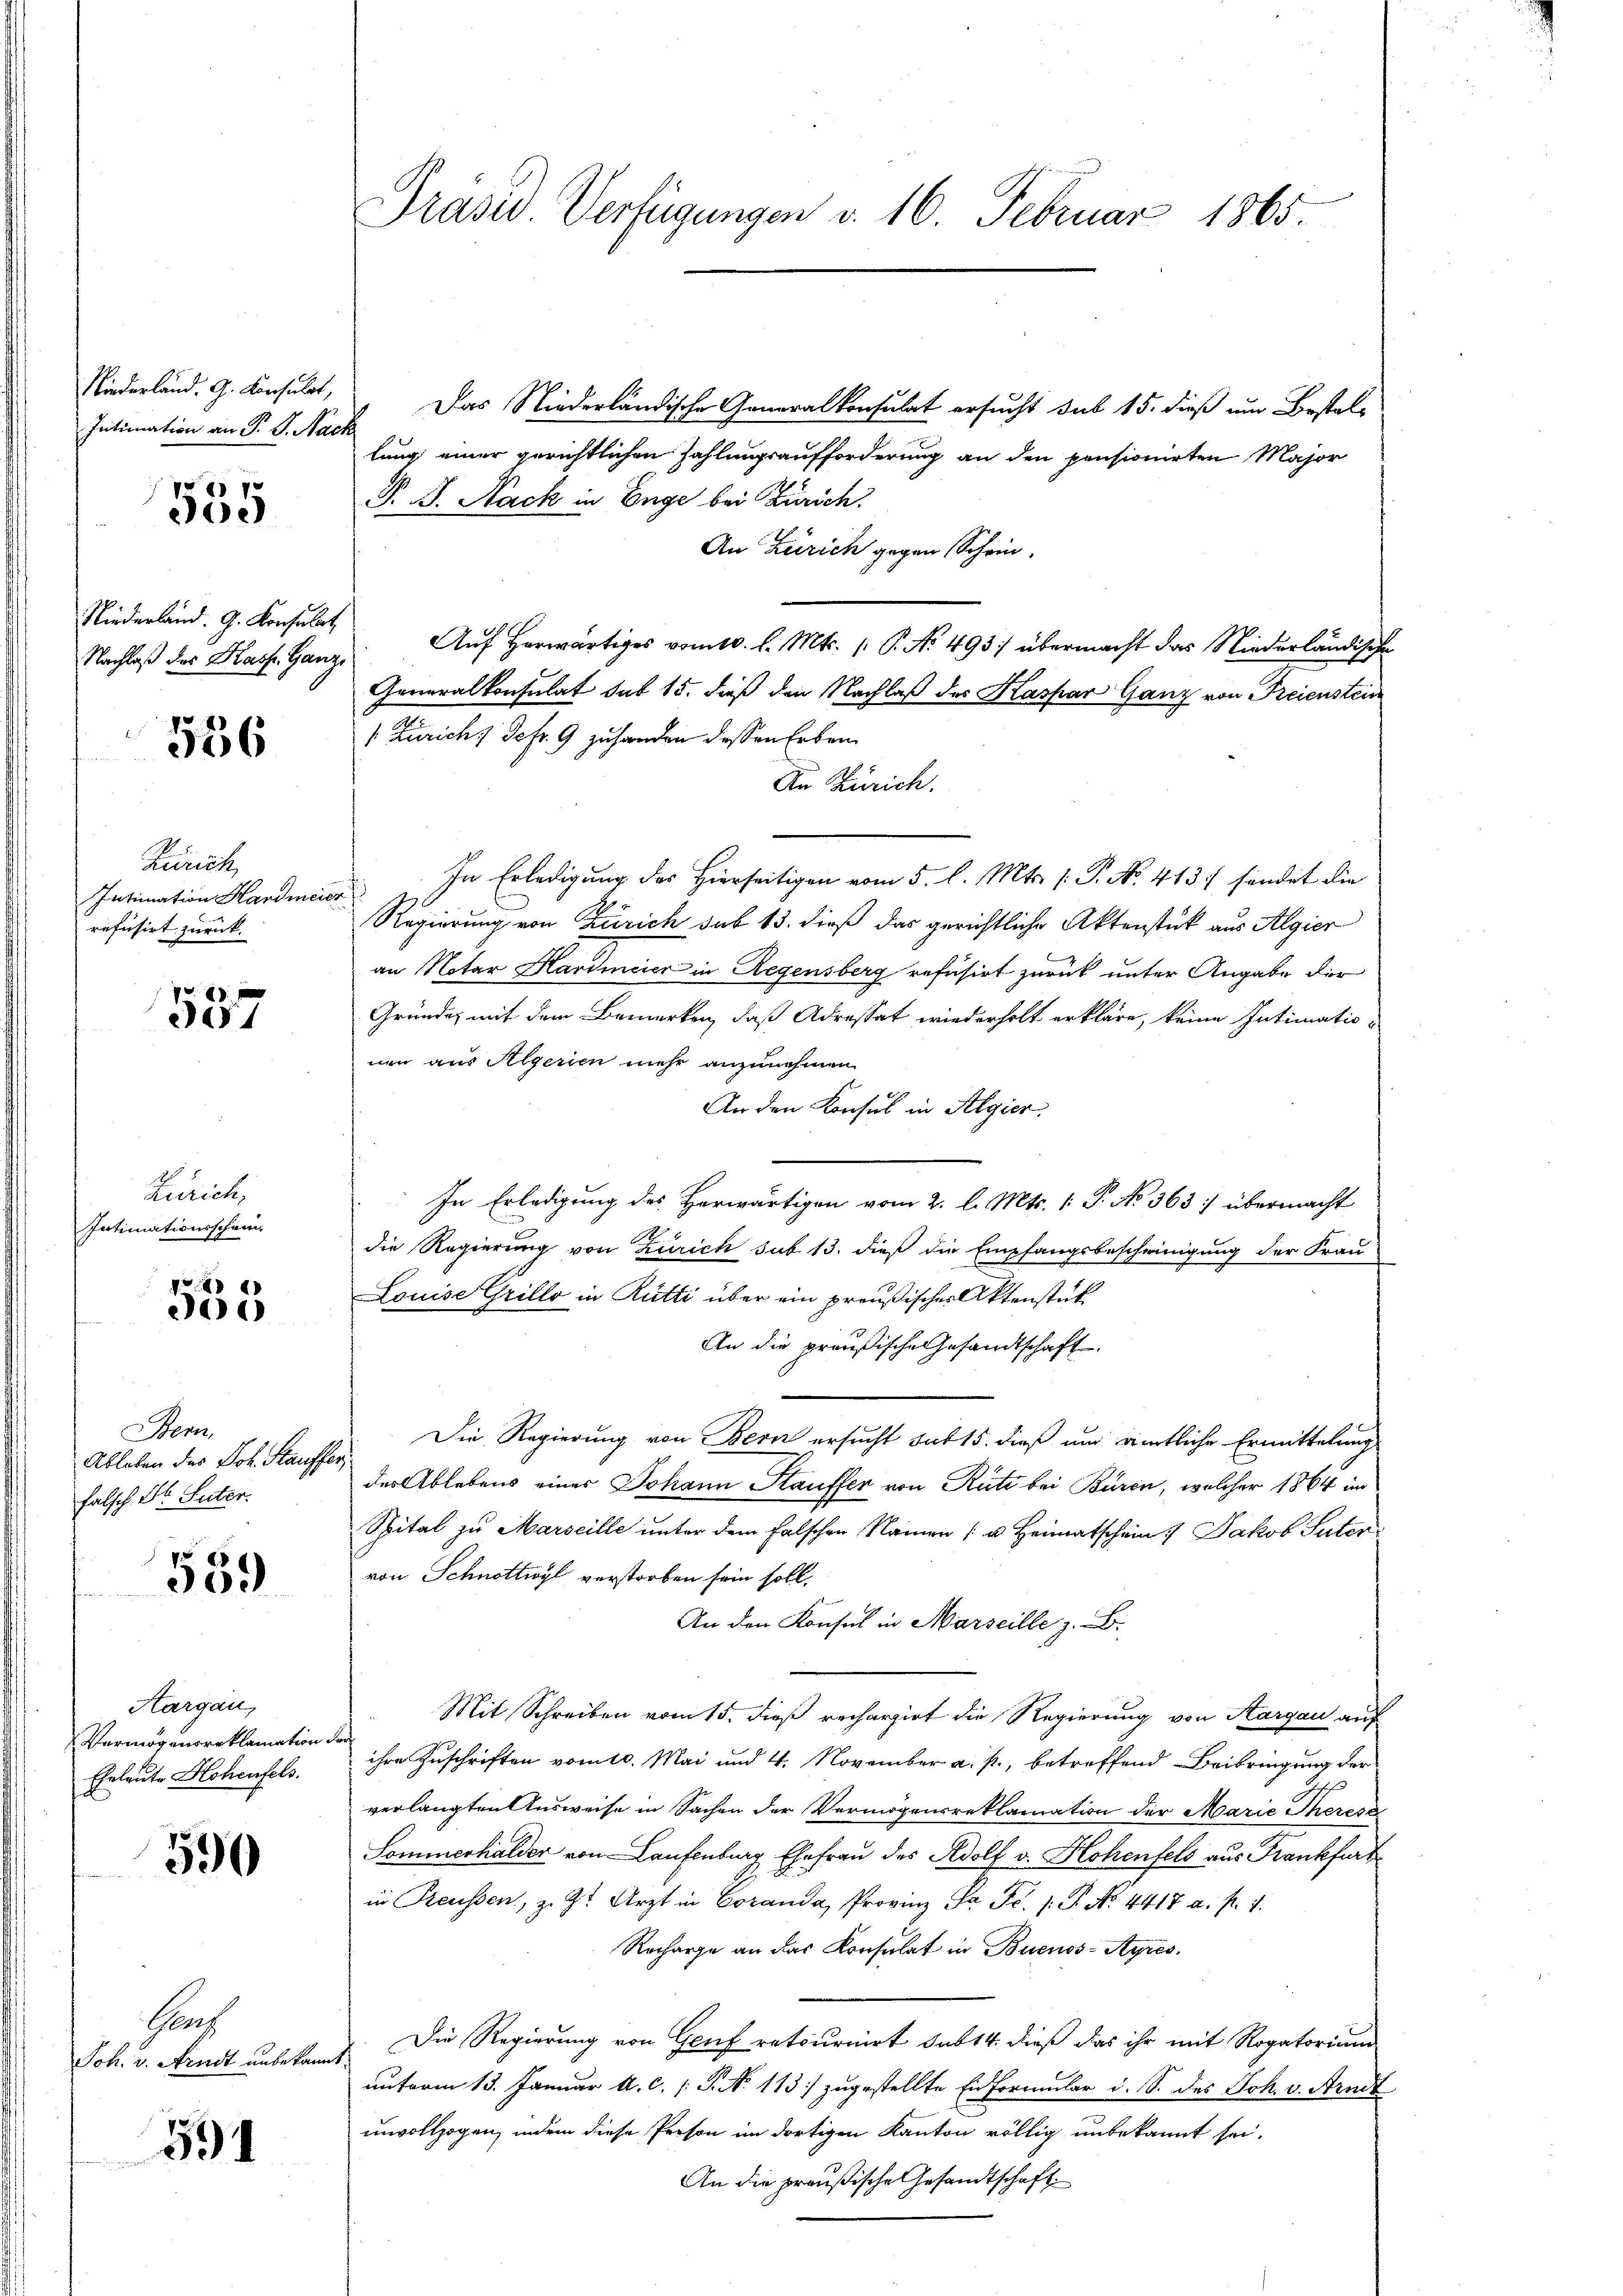
Niederland. G. Konsulat,
Intimation an P. G. Nack

555

Niederland. G. Konsulat

536

Zürich,
Intimation Hardmei
refusirt zurück.

557

Zürich,
Intimationsschein.

88
0

Bern
Ableben des Joh. Stauffer
falsch. St. Suter.

559

Aargau,
Vermögenserklamation.
Eheleute Hohenfels.

590

Cons
Joh. v. Arndt unbekann.

591

Präsid. Verfügungen d. 16. Februar 1865.

Das Niederländische Generalkonsulat ersucht sub 15. dieß um Bestell
lung einer gerichtlichen Zahlungsaufforderung an den pensionirten Major
P. B. Nack in Enge bei Zürich.
An Zürich gegen Schein.
Nachlaβ des Kasp. Ganz Aŭf herwärtiges vom 10. l. Mts. (: P. No 493) übermacht das Niederländische
Generalkonsulat sub 15. daß den Nachlaß des Kaspar Ganz von Freienstein
1 Zürich, Schr. 9 zuhanden dessen Erben
An Zürich.
In Erledigung des Hierseitigen vom 5. l. Mts. (: P. No. 413 sendet die
f
Regierung von Zürich sub 13. dieß das gerichtliche Aktenstück aus Algier
an Notar Hardmeier in Regensberg refusirt zurück unter Angabe der
Gründe, mit dem Bemerken, daß Adressat wiederholt erkläre, keine Intimationen aus Algerien mehr anzunehmen.
An den Konsul in Algier
In Erledigung des Herwärtigen vom 2. l. Mts. 1 P. No 363: übermacht
die Regierung von Zürich sub 13. dieß die Empfangsbescheinigung der Frau
Louise Grillo in Rütti über ein preußischer Aktenstük
An die preußische Gesandtschaft.
Die Regierung von Bern ersucht sub 15. dieß um amtliche Ermittelung
des Ablebens eines Johann Stauffer von Rüti bei Büren, welcher 1864 im
Spital zu Marseille unter dem falschen Namen u Heimatschein Jakob Suter
von Schnottwyl verstorben sein soll.
An den Konsul in Marseille z. B.
Mit Schreiben vom 15. dieß rechargirt die Regierung von Sargau auf
ihre Zuschriften vom 10. Mai und 4. November a. p., betreffend Beibringung der
d
verlangten Ausweise in Sachen der Vermögensreklamation der Marie Theress
Sommerhalder von Laufenburg Ehefrau des Adolf v. Hohenfels aus Frankfurt
in Reussen, z. Zt. Arzt in Coranda, Provinz Ja Fr. 1. P. N. 4418 a. p. 1.
Recharge an das Konsulat in Buenos-Ayres.
Die Regierung von Genf ratsurnirt sub 14. dieß das ihr mit Rogatorium
unterm 13. Januar a. c. (T. No 113 zugestellte Einformular d. S. des Joh. v. Arndt
unvollzogen, indem diese Person im dortigen Kanton völlig unbekannt sei.
An die preußische Gesandtschaft